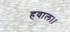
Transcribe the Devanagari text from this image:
हवाल।।